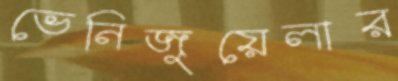
ভেনিজুয়েলার